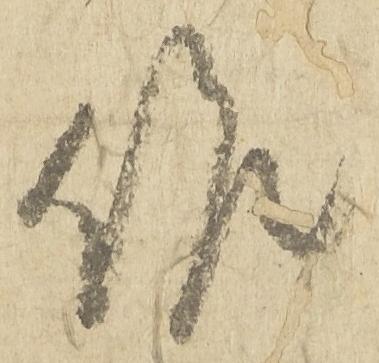
候